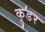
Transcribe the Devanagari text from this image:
कृडर